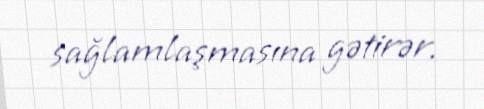
sağlamlaşmasına gətirər.